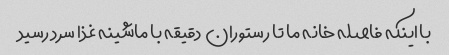
با اینکه فاصله خانه ما تا رستوران  دقیقه با ماشینه غذا سرد رسید